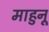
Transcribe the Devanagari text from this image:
माहुनू